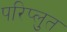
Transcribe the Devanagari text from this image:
परिप्लुत